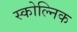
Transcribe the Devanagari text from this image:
स्कोल्निक